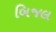
બિજલ